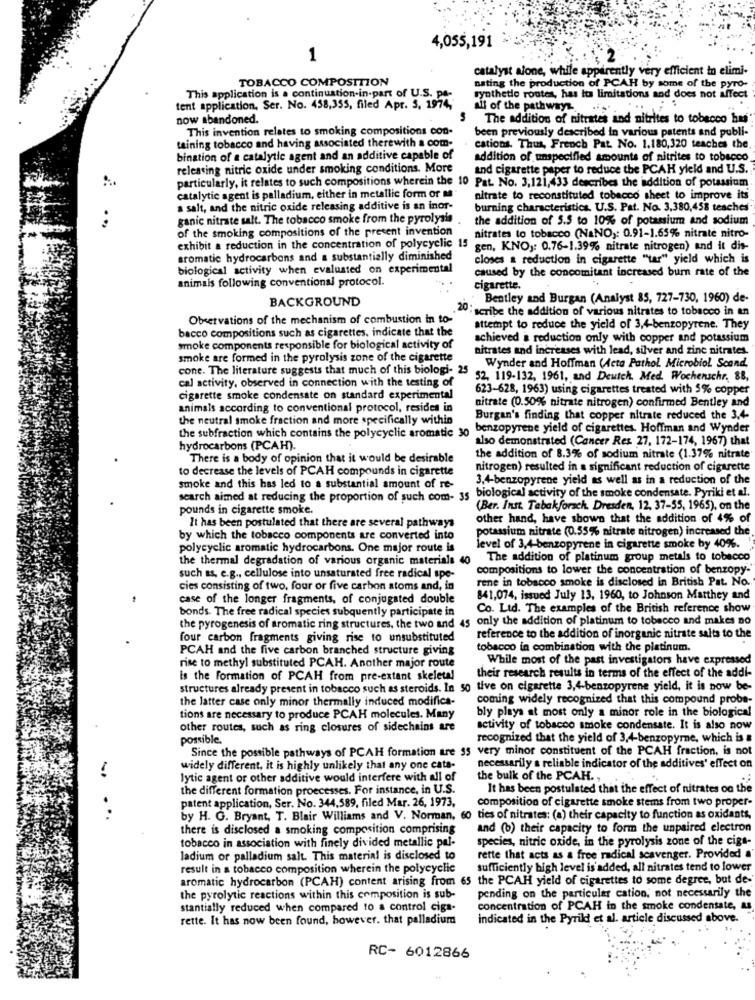
4,055,191
1
catalyst alone, while apparently very efficient in elimi-
TOBACCO COMPOSITION
nating the production of PCAH by some of the pyro-
This application is a continuation-in-part of U.S. PA-
synthetle routes, has Its limitations and does not affect
tent application, Ser. No. 458,355, filed Apr. 5. 1974,
Alf of the pathways.
now abandoned.
The addition of nitrates and nitrites to tobacco hus
This invention relates to smoking compositions con-
been previously described in various patents and publi-
taining tobacco and having associated therewith a com-
cations. Thus, French Pat. No. 1.180,320 teaches the
bination of a catalytic agent and an additive capable of
addition of unspecified amounts of nitrites to tobacco
releasing nitric oxide under smoking conditions. More
and cigarette paper to reduce the PCAH yield and U.S.
particularly, it relates to such compositions wherein the 10 Pat. No. 3,121,433 describes the addition of potassium
catalytic agent is palladium, either in metallic form or m
nitrate to reconstituted tobacco sheet to improve its
a salt, and the nitric oxide releasing additive is an inor-
burning characteristics. U.S. Pat. No. 3,380,458 teaches
ganic nitrate salt. The tobacco smoke from the pyrolysis
the addition of 5.5 to 10% of potassium and sodium
..
of the smoking compositions of the present invention
nitrates to tobacco (NaNO): 0.91-1.65% nitrate nitro-
exhibit a reduction in the concentration of polycyclic 15 gen, KNO ,: 0.76-1.39% nitrate nitrogen) and it dis-
aromatic hydrocarbons and a substantially diminished
closes a reduction in cigarette "tar" yield which is
biological activity when evaluated on experimental
caused by the concomitant increased bur rate of the
animais following conventional protocol.
cigarette.
BACKGROUND
Bentley and Burgan (Analyst 85, 727-730, 1960) de-
20:
"scribe the addition of various nitrates to tobacco in en
Observations of the mechanism of combustion in to-
bacco compositions such as cigarettes. indicate that the
attempt to reduce the yield of 3,4-benzopyrene. They
achieved a reduction only with copper and potassium
smoke components responsible for biological activity of
nitrates and increases with lead, silver and zine nitrates.
smoke are formed in the pyrolysis zone of the cigarette
cone. The literature suggests that much of this biologi- 25
Wynder and Hoffman (Acta Pathol. Microbiol Scand.
cal activity, observed in connection with the testing of
$2, 119-132, 1961, and Deutch. Med. Wochenschr, 88,
623-628, 1963) using cigarettes treated with 5% copper
cigarette smoke condensate on standard experimental
nitrate (0.50% nitrate nitrogen) confirmed Bentley and
animals according to conventional protocol, resides in
the neutral smoke fraction and more specifically within
Burgan's finding that copper nitrate reduced the 3,4-
benzopyrene yield of cigarettes. Hoffman and Wynder
the subfraction which contains the polycyclic aromatic 30
also demonstrated (Cancer Res 27, 172-174, 1967) that
hydrocarbons (PCAH).
There is a body of opinion that it would be desirable
the addition of 8.3% of sodium nitrate (1.37% nitrate
to decrease the levels of PCAH compounds in cigarette
nitrogen) resulted in a significant reduction of cigarette
3,4-benzopyrene yield as well as in a reduction of the
smoke and this has led to a substantial amount of re-
search aimed at reducing the proportion of such com- 35 biological activity of the smoke condensate. Pyriki et al.
pounds in cigarette smoke.
(Ber. Inst. Tabakforach. Dresden, 12, 37-55, 1965), on the
other hand, have shown that the addition of 4% of
It has been postulated that there are several pathways
potassium nitrate (0.55% nitrate nitrogen) increased the
by which the tobacco components are converted into
polycyclic aromatic hydrocarbons. One major route is
level of 3,4-benzopyrene in cigarette smoke by 40%.
the thermal degradation of various organic materials 40
The addition of platinum group metals to tobacco
compositions to lower the concentration of benzopy-
such as, e.g ., cellulose into unsaturated free radical spe-
rene in tobacco smoke is disclosed in British Pat. No.
cies consisting of two, four or five carbon atoms and, in
case of the longer fragments, of conjugated double
841,074, issued July 13, 1960, to Johnson Matthey and
bonds. The free radical species subquently participate in
Co. Ltd. The examples of the British reference show
the pyrogenesis of aromatic ring structures, the two and 45 only the addition of platinum to tobacco and makes no
four carbon fragments giving rise to unsubstituted
reference to the addition of inorganic nitrate salts to the
PCAH and the five carbon branched structure giving
tobacco in combination with the platinum.
While most of the past investigators have expressed
rise to methyl substituted PCAH. Another major route
their research results in terms of the effect of the addi-
is the formation of PCAH from pre-extant skeletal
structures already present in tobacco such as steroids. In 50 tive on cigarette 3,4-benzopyrene yield, it is now be-
the latter case only minor thermally induced modifica-
coming widely recognized that this compound probe-
bly plays at most only a minor role in the biological
tions are necessary to produce PCAH molecules. Many
other routes, such as ring closures of sidechains are
activity of tobacco smoke condensate. It is also now
possible.
recognized that the yield of 3,4-benzopyre, which is
Since the possible pathways of PCAH formation are 35 very minor constituent of the PCAH fraction, is not
widely different, it is highly unlikely that any one cata-
necessarily a reliable indicator of the additives' effect on
lytic agent or other additive would interfere with all of
the bulk of the PCAH .,
the different formation proecesses. For instance, in U.S.
It has been postulated that the effect of nitrates on the
patent application, Ser. No. 344,589, filed Mar. 26, 1973.
composition of cigarette smoke stems from two proper
. ..
by H. G. Bryant, T. Blair Williams and V. Norman, 60 ties of nitrates: (a) their capacity to function as oxidants,
there is disclosed a smoking composition comprising
and (b) their capacity to form the unpaired electron
tobacco in association with finely divided metallic pal-
species, nitric oxide, in the pyrolysis zone of the cigs-
ladium or palladium salt. This material is disclosed to
rette that acts as a free radical scavenger. Provided a'
result in a tobacco composition wherein the polycyclic
sufficiently high level is added, all nitrates tend to lower
aromatic hydrocarbon (PCAH) content arising from 65 the PCAH yield of cigarettes to some degree, but de-
the pyrolytic reactions within this composition is sub-
pending on the particular cation, not necessarily the
stantially reduced when compared to a control ciga-
concentration of PCAH in the smoke condensate, as
rette. It has now been found, however. that palladium
indicated in the Pyrild et al. article discussed above.
RC- 6012866